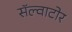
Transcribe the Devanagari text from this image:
सॅल्वाटोर